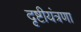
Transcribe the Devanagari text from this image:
दृष्टीयंत्रणा